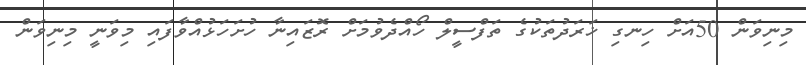
މިނިވަން 50އަށް ހިނގި ޚަރަދުތަކުގެ ތަފްސީލް ހޯއްދެވުމަށް ރޮޒައިނާ ހުށަހަޅުއްވާފައި މިވަނީ މިނިވަން